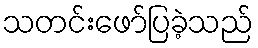
သတင်းဖော်ပြခဲ့သည်